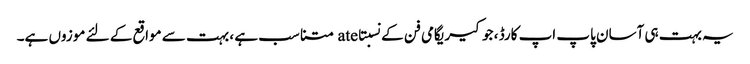
یہ بہت ہی آسان پاپ اپ کارڈ ، جو کیریگامی فن کے نسبتاate متناسب ہے ، بہت سے مواقع کے لئے موزوں ہے۔